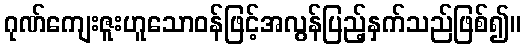
ဂုဏ်ကျေးဇူးဟူသောဝန်ဖြင့်အလွန်ပြည့်နှက်သည်ဖြစ်၍။